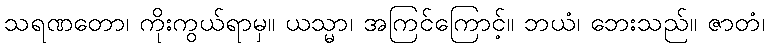
သရဏတော၊ ကိုးကွယ်ရာမှ။ ယသ္မာ၊ အကြင်ကြောင့်။ ဘယံ၊ ဘေးသည်။ ဇာတံ၊